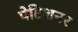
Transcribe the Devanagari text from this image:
पेटिशनर